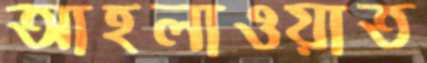
আহলাওয়াত